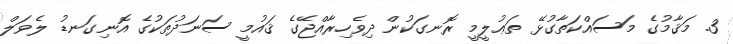
3. މަޤާމުގެ މަސައްކަތާގުޅޭ ތަޢުލީމީ ރޮނގަކުން ދިވެހިރާއްޖޭގެ ޤައުމީ ސަނަދުތަކުގެ އޮނިގަނޑު ލެވަލް